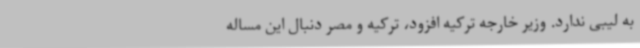
به لیبی ندارد. وزیر خارجه ترکیه افزود، ترکیه و مصر دنبال این مساله